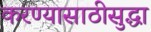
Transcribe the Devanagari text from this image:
करण्यासाठीसुद्धा